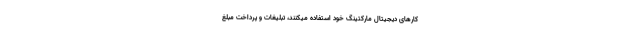
کارهای دیجیتال مارکتینگ خود استفاده میکنند، تبلیغات و پرداخت مبلغ